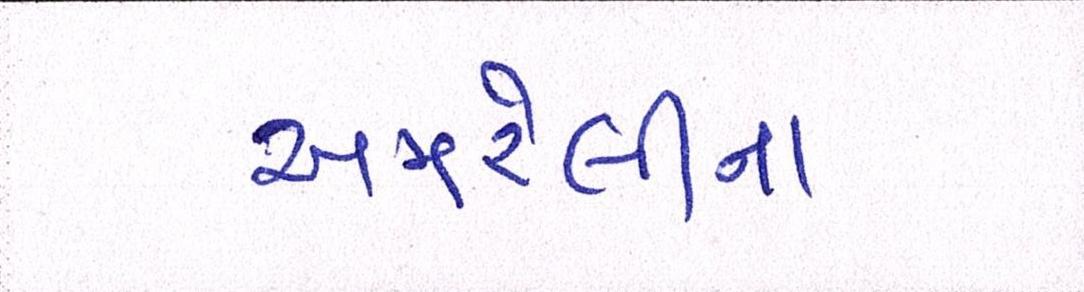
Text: અમરેલીના